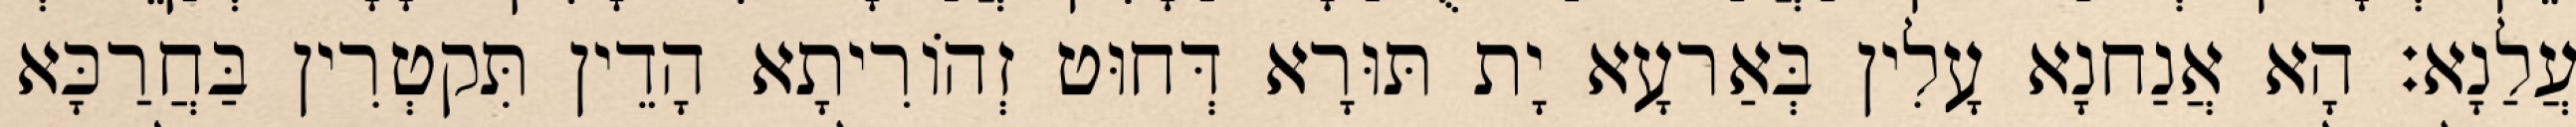
עֲלַנָא׃ הָא אֲנַחנָא עָלִין בְּאַרעָא יָת תּוּרָא דְּחוּט זְהוֹרִיתָא הָדֵין תִּקטְרִין בַּחֲרַכָּא